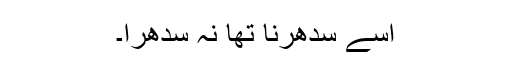
اسے سدھرنا تھا نہ سدھرا۔